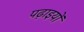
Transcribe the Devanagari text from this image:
पढ़ाइयों